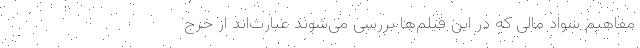
مفاهیم سواد مالی که در این فیلم‌ها بررسی می‌شوند عبارت‌اند از خرج